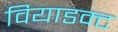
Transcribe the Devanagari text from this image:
वियाडक्ट